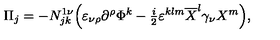
\Pi _ { j } = - N _ { j k } ^ { 1 \nu } \Bigl ( \varepsilon _ { \nu \rho } \partial ^ { \rho } \Phi ^ { k } - { \textstyle \frac i 2 } \varepsilon ^ { k l m } \overline { { X } } ^ { l } \gamma _ { \nu } X ^ { m } \Bigr ) ,